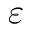
\varepsilon